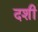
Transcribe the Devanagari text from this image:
दशी